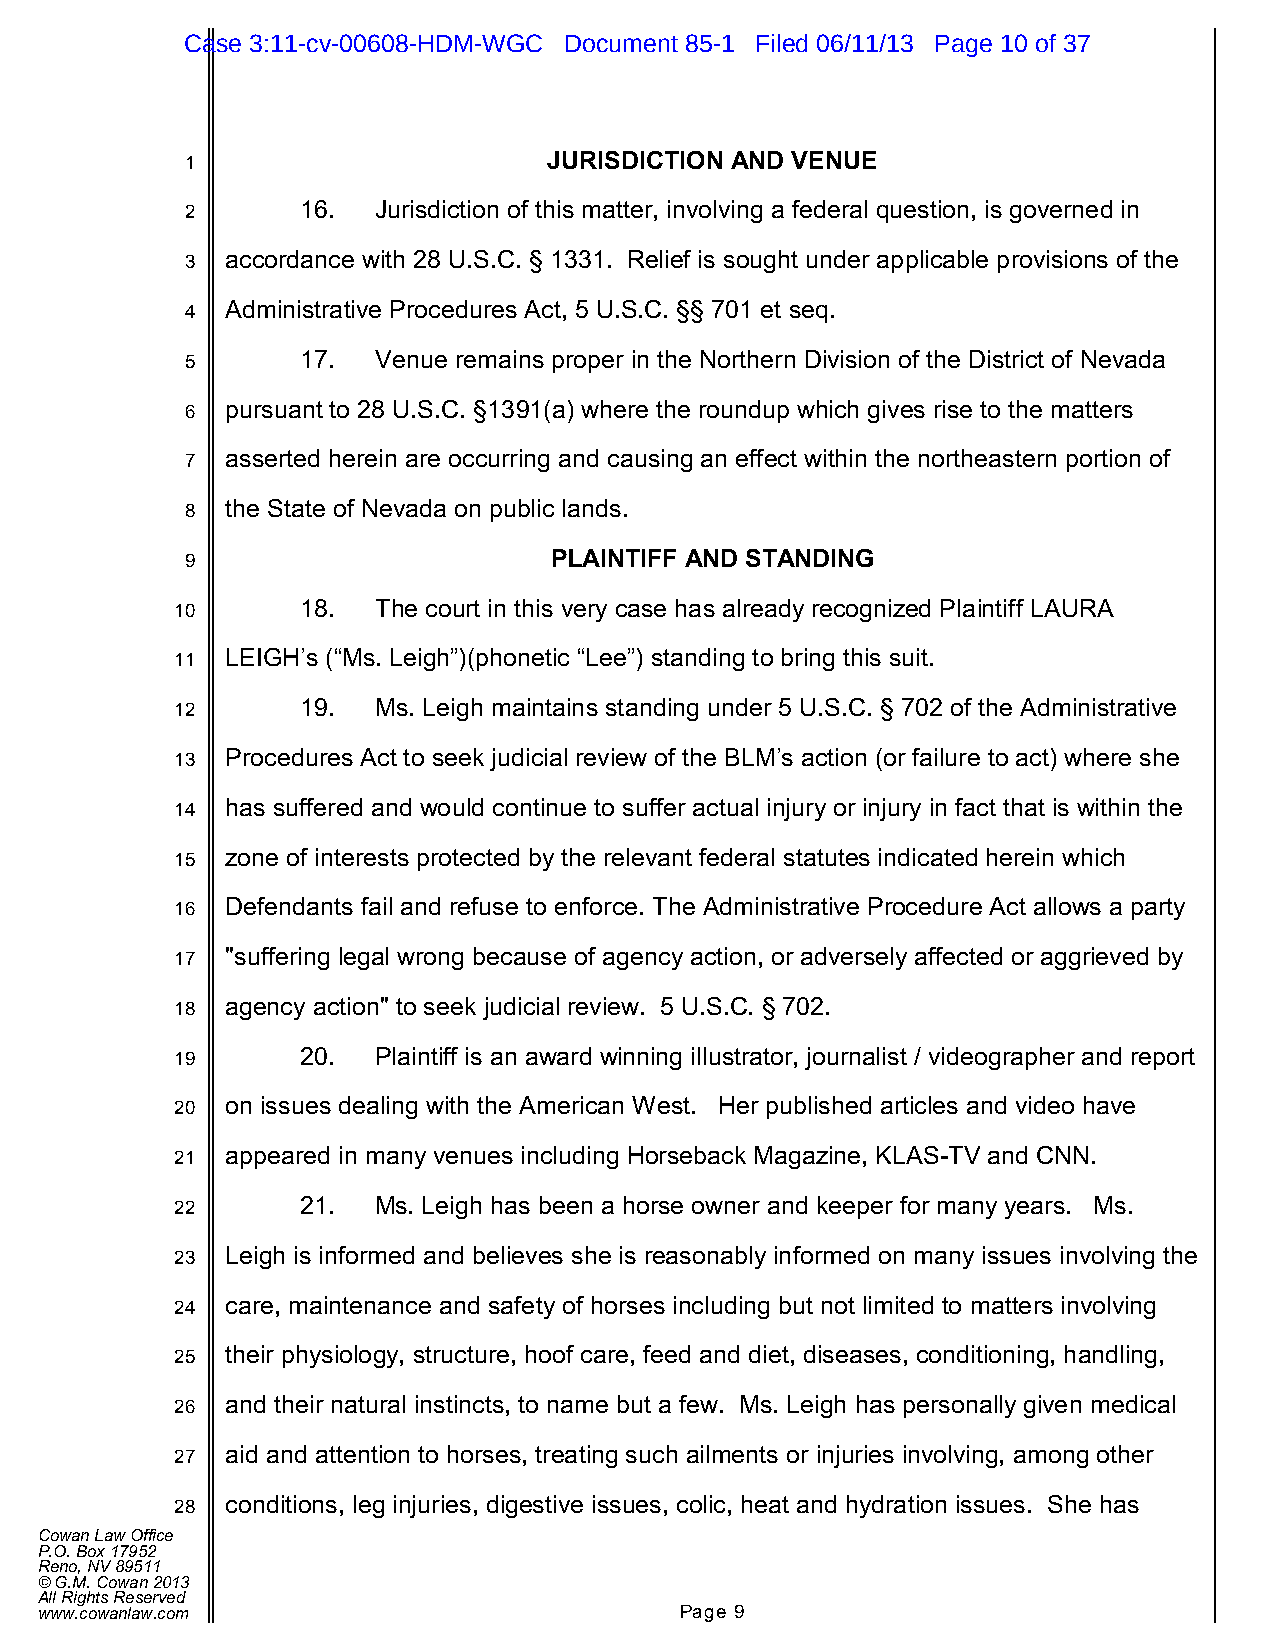
Case 3:11-cv-00608-HDM-WGC Document 85-1 Filed 06/11/13 Page 10 of 37
 1                       JURISDICTION AND VENUE
 2       16.  Jurisdiction of this matter, involving a federal question, is governed in
 3  accordance with 28 U.S.C. § 1331. Relief is sought under applicable provisions of the
 4  Administrative Procedures Act, 5 U.S.C. §§ 701 et seq.
 5       17.  Venue remains proper in the Northern Division of the District of Nevada
 6  pursuant to 28 U.S.C. §1391(a) where the roundup which gives rise to the matters
 7  asserted herein are occurring and causing an effect within the northeastern portion of
 8  the State of Nevada on public lands.
 9                       PLAINTIFF AND STANDING
 10      18.  The court in this very case has already recognized Plaintiff LAURA
 11 LEIGH’s (“Ms. Leigh”)(phonetic “Lee”) standing to bring this suit.
 12      19.  Ms. Leigh maintains standing under 5 U.S.C. § 702 of the Administrative
 13 Procedures Act to seek judicial review of the BLM’s action (or failure to act) where she
 14 has suffered and would continue to suffer actual injury or injury in fact that is within the
 15 zone of interests protected by the relevant federal statutes indicated herein which
 16 Defendants fail and refuse to enforce. The Administrative Procedure Act allows a party
 17 "suffering legal wrong because of agency action, or adversely affected or aggrieved by
 18 agency action" to seek judicial review. 5 U.S.C. § 702.
 19      20.  Plaintiff is an award winning illustrator, journalist / videographer and report
 20 on issues dealing with the American West. Her published articles and video have
 21 appeared in many venues including Horseback Magazine, KLAS-TV and CNN.
 22      21.  Ms. Leigh has been a horse owner and keeper for many years. Ms.
 23 Leigh is informed and believes she is reasonably informed on many issues involving the
 24 care, maintenance and safety of horses including but not limited to matters involving
 25 their physiology, structure, hoof care, feed and diet, diseases, conditioning, handling,
 26 and their natural instincts, to name but a few. Ms. Leigh has personally given medical
 27 aid and attention to horses, treating such ailments or injuries involving, among other
 28 conditions, leg injuries, digestive issues, colic, heat and hydration issues. She has
 Cowan Law Office
 P.O. Box 17952
 Reno, NV 89511
 © G.M. Cowan 2013
 All Rights Reserved
 www.cowanlaw.com                           Page 9